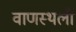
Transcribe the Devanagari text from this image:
वाणस्थली